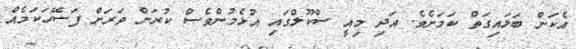
އެކަން ބަލައިގަތް ކަމަށެވެ. އަދި މިއީ ސްކޫލްގައި އުޅެމުންވެސް ކުރަން ވަރަށް ފަސޭހަކަމެއް